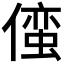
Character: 𫣢